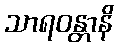
သာရဝန္တာနိ